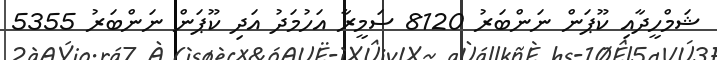
ޝަމްހީދާއި ކޫޕަން ނަންބަރު 8120 ސަމީރާ އަހުމަދު އަދި ކޫޕަން ނަންބަރު 5355